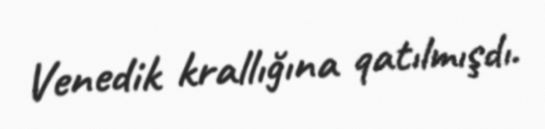
Venedik krallığına qatılmışdı.